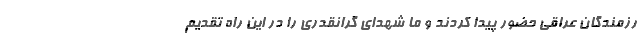
رزمندگان عراقی حضور پیدا کردند و ما شهدای گرانقدری را در این راه تقدیم